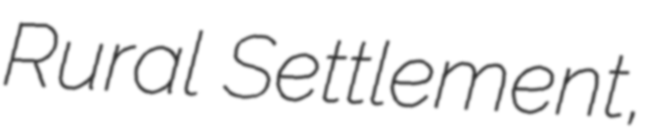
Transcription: Rural Settlement,